Cholera in India, 1862 to 1881
Year: 1862
Disease focus: Cholera
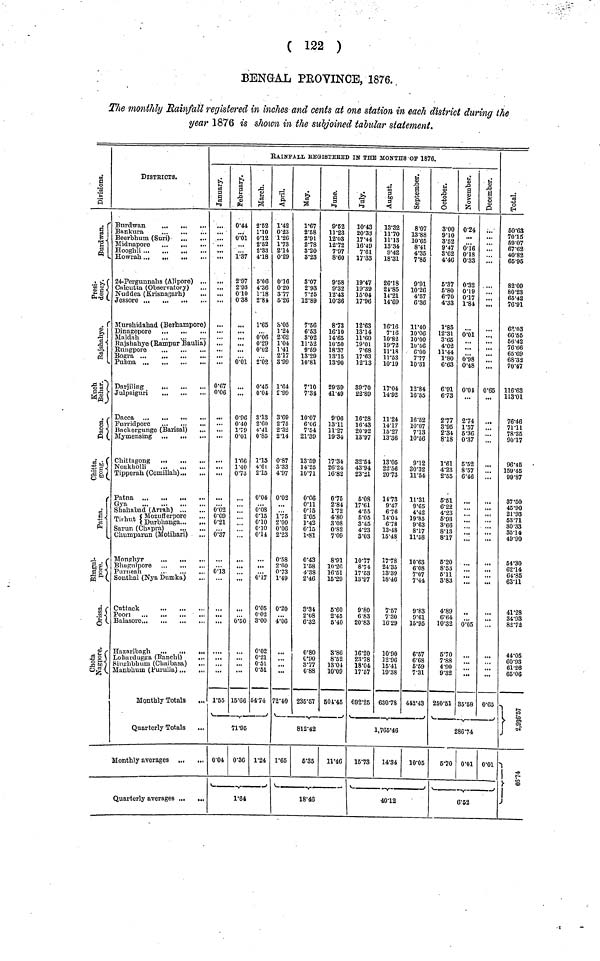
( 122 )
BENGAL PROVINCE, 1876.
The monthly Rainfall registered in inches and cents at one station in each district during the
year 1876 is shown in the subjoined tabular statement.
division
Burdwan
presidency
Rajshahye
Kuch Behar
Dacca
Chitta gong
Patna
Bhagal pore
Orrisa
Chota Nagpore
DISTRICTS.
Beerbhum (Suri) ...
24-Pergunnahs (Alipore) ...
Calcutta (Observatory) ...
Nadden (Krisnagarh)
Murshidabad
(Berhampore)
Murshidabad
(Behrampore)
Rajshahye (Rampur Baulia)
Julpaiguri
Backergung
(Barisal)
Backergung
(Barisal)
Chittagong
Tipperah (Comillah)
Patna
Shahabad. (Arrah)
(Mozufferpore
Tuhuti (Durbhanga...
Chumparun (Motihari)
Southal (Nya Dumka)
Balasore
Loharduggs
(Ranchi)
Singbhum
(Chaibasa)
Manbhum (Purulia)
Monthly Totals
Quarterly Totals
Monthly averages
Quarterly averages
RAIN FALL REGISTERED IN THE MONTHS OF 1876.
January
..
.......
0·67
0·06
...
0·02
0·09
0·21
0·37
0·13
. . .
...
1·55
February
0·44
0·01
1·37
2·97
2·93
0·10
0·38
0·01
...
0·96
0·40
1·79
0·01
1·66
1·40
0·73
...
...
0·50
...
15·66
March
2·52
1·10
0·12
2·52
2·33
4·18
5·06
4·36
1·18
2·84
1·65
0·06
0·29
0·02
2·02
0·45
0·04
3·13
2·60
4·41
0·85
1·15
4·6l
2·15
0·04
0·08
0·15
0·10
0·10
0·14
0·17
0·05
0 02
3·00
0·02
0·21
0·51
0·51
64·74
71·95
0·04 0·36 1·24
1·64
April
1·42
0·23
1·26
1·73
2·14
0·29
0·16
0·20
3·77
5·26
8·05
1·24
2 2
1·04
1·41
2·17
3·99
l·64
2·99
3·69
2·75
2·32
2·14
0·87
8·33
4·97
0·02
1·75
2·00
0·06
2·23
0·58
2·60
0·73
1·49
0·20
4·06
...
72·40
May
1' 67
2·58
2·91
2·78
3·20
3·23
3·07
2·93
7·25
12·89
7·56
6·63
3·02
11·52
9·59
13·29
10·81
7·10
7·34
10·07
6·06
7·54,
21·39
13·59
14·25
1071
0·06
0·11
0·15
2·05
1·42
0·15
1-81
0·43
1·58
4·38
2·46
3·34
2·08
6·32
0·80
0·90
3·77
0·88
235·57
June
9·52
11·23
12·03
12·72
7·97
8·60
9·58
9·32
12·43
10·36
873
16·10
14·65
10·50
18·37
13·15
13·90
29·59
41·49
9·06
13·11
11·27
19·34
17·34
26·24
16·82
0·75
2·84
1·72
4·80
3·08
0·82
7·09
8·91
10·26
16·51
15·29
5·60
2·45
5·40
3·86
8·52
13·04
10·09
501·45
812·42
1·65
5·35
11·46
18·46
July
10·43
20·33
17·44
16·49
7·61
17·33
19·47
19·39
15·04
17·96
12·63
13·14
11·60
19·01
7·68
17·63
12·13
89·70
22·89
16·28
16·43
20·92
13·97
32·54
43·94
23·21
5·08
17·61
4·55
5·'05
3·45
4·23
3·03
10·77
8·'74
17·53
13·97
9·80
6·83
20·83
16·20
2378
18·04
17·57
692·25
August
13·32
1170
11·13
13·34
9·42
18·31
26·18
24·85
14·21
14·69
1616
7·16
10·82
1972
11·18
11·53
10·19
17·04
14·92
11·24
14·17
15'27
13·36
13·05
22·56
2073
1173
9·47
6·76
14·01
6·78
13-48
15·48
1778
24·35
13·39
18·46
7·57
7·30
16·29
10·90
12·96
15"41
19·38
630·78
September
8·07
13·88
10·65
8·41
4·35
7·85
9·91
10·26
4·57
6·36
11·40
10·06
10·00
10·56
6·00
7·77
10·31
12·84
16·55
16·52
10·07
7·13
10·56
9·12
30·32
11·54
11·31
9·65
4·42
19·85
9·63
8·17
11·58
10·63
6'·8
7·07
7·44
9·83
9·61
15·95
6·57
6·68
5·59
7·31
412·43
1,765·46
15·73
14·34
10·05
40·12
Octomber
3·00
910
8·52
9·47
3·62
4·46
5·37
5·80
6·70
4·33
1·85
12·31
3·65
4·02
11·44
1·80
6·63
6·91
6·73
277
3·95
2·34
8·18
1·61
4·23
2·55
5·51
6·22
4·23
6·93
3·66
8·13
8·17
5·20
8·53
5·11
3·83
4·89
6·64
10·32
5·70
7 ·88
4·90
9·32
250·51
November
0·24
0·16
0·18
0·33
0·32
0·19
0·17
1·84
0·01
0·98
0·48
0·04
2·74
1·57
5·36
0·37
5·52
8·57
6·46
...
...
...
...
...
0·05
...
35·58
December
...
'.'.'.
...
...
0'65
...
...
...
...
...
...
...
...
...
...
0·65
286·74
5·70 0·01 0·01
6·52
Total
50·63
70·15
59·07
67·62
40·82
65·95
82·09
80·23
65·42
76·91
63·03
66·55
56·42
76·66
65·69
68·32
70·47
116·63
113·01
76·46
71·11
78·35
90·17
96·45
159·45
99·87
87·50
45·90
21·93
53·71
80·33
35·14
49·90
54·30
62·14
64·85
63·11
41·28
84·93
82·72
44·05
60·93
61·26
65·06
2.,936·57
63·74